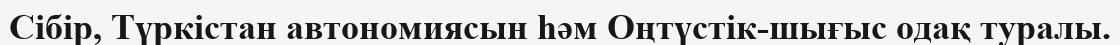
Сібір, Түркістан автономиясын һәм Оңтүстік-шығыс одақ туралы.